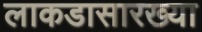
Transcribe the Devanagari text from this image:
लाकडासारख्या